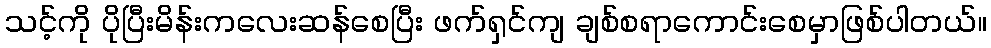
သင့်ကို ပိုပြီးမိန်းကလေးဆန်စေပြီး ဖက်ရှင်ကျ ချစ်စရာကောင်းစေမှာဖြစ်ပါတယ်။